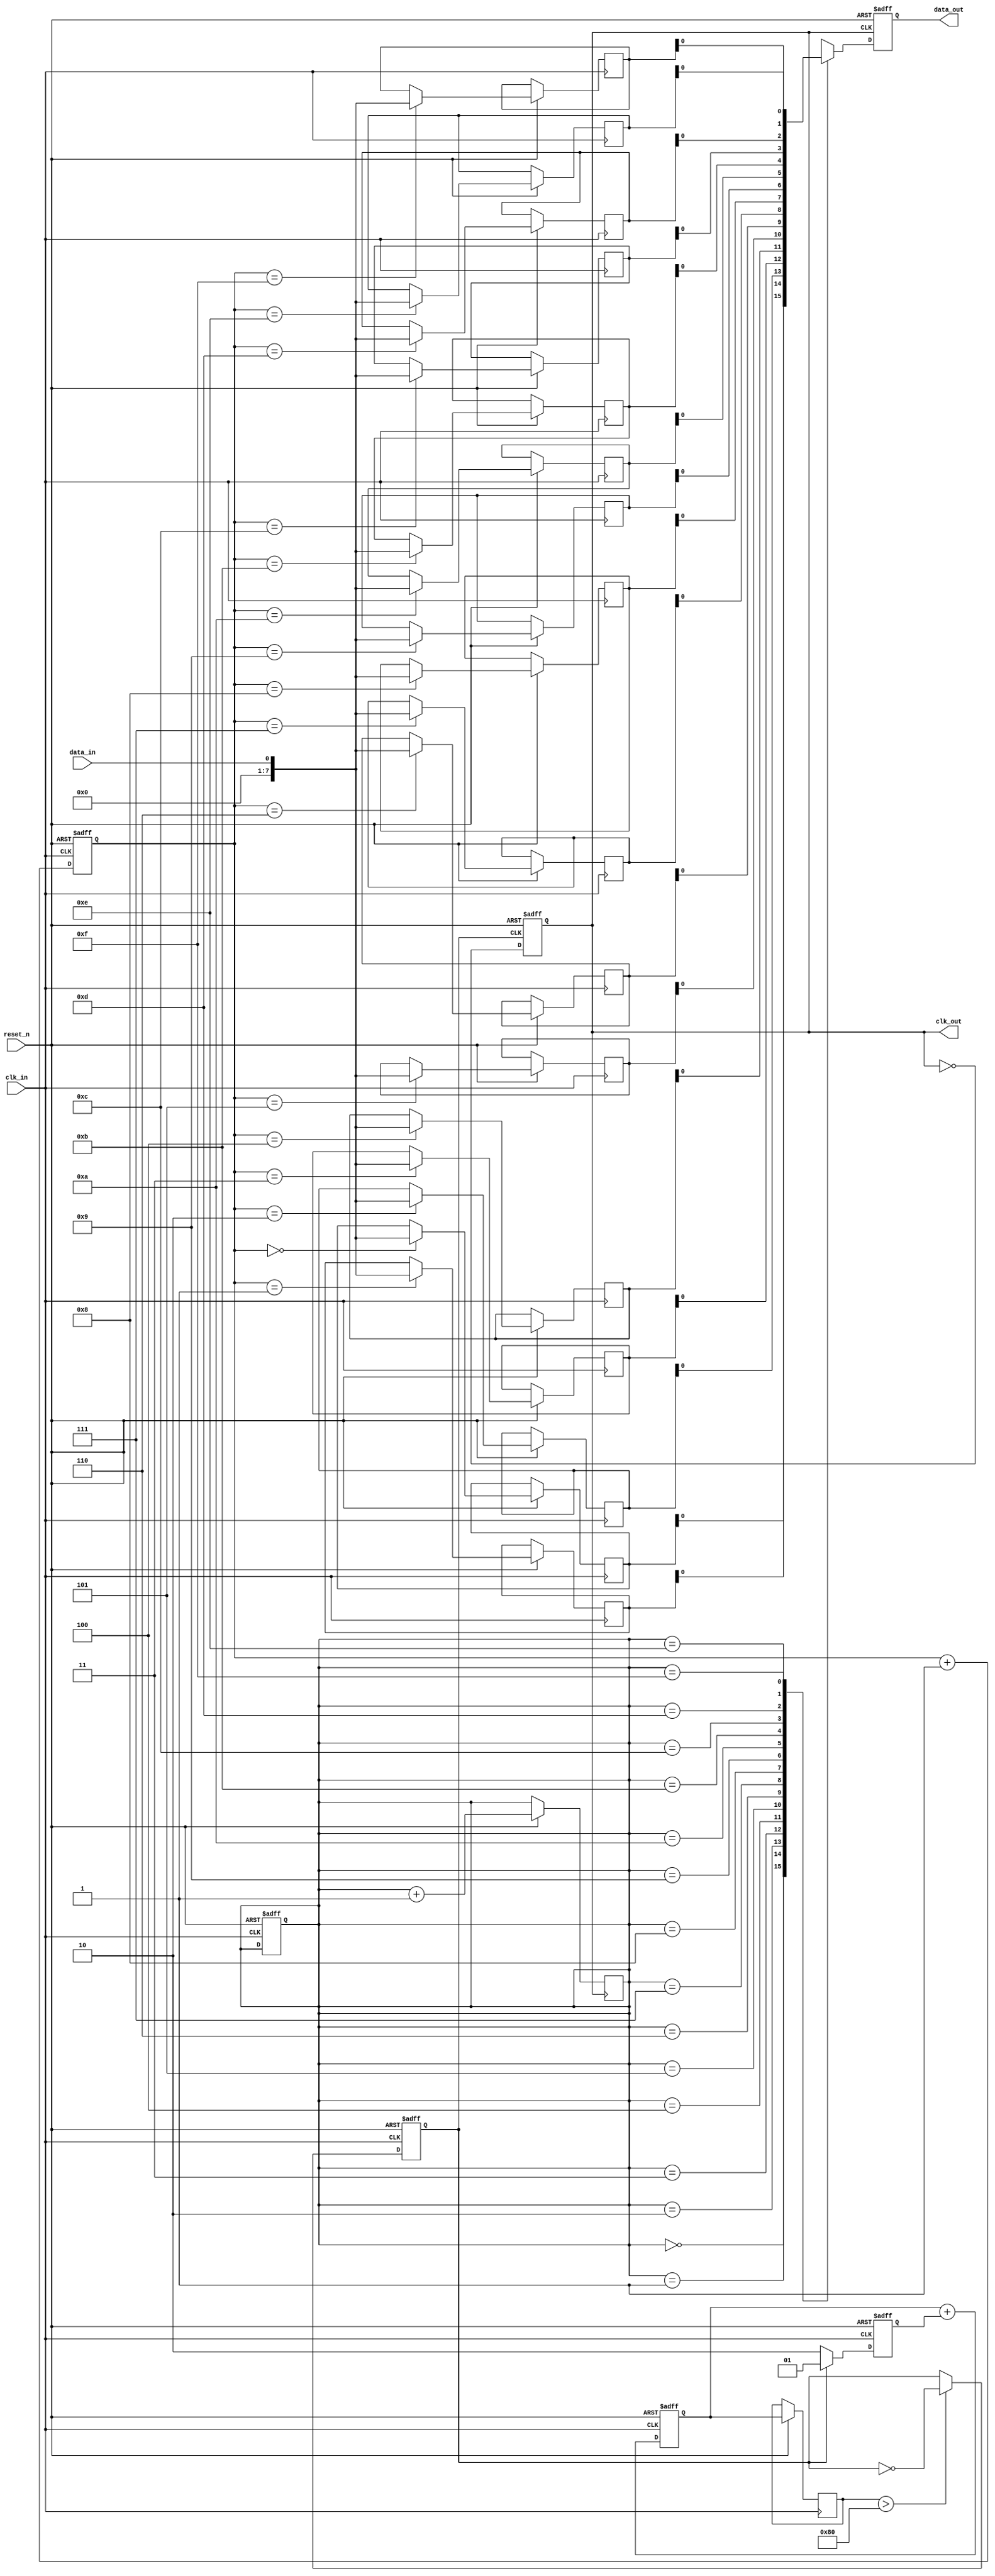
module PLL_Synchronizer (
    input wire clk_in,                // Incoming clock signal
    input wire data_in,               // Incoming data signal
    input wire reset_n,               // Active low reset
    output reg clk_out,               // Output clock signal
    output reg data_out               // Synchronized output data
);

    // Parameters for VCO and Divider
    parameter VCO_FREQ = 100;         // Example VCO frequency in MHz
    parameter DIV_FACTOR = 2;          // Divider factor for output clock

    // Internal signals
    reg [1:0] phase_error;            // Phase error signal from PD
    reg [7:0] control_signal;          // Control signal for VCO
    reg [7:0] loop_filter;             // Loop filter output
    reg vco_clk;                       // VCO clock signal
    reg [7:0] fifo [0:15];             // Simple FIFO buffer
    reg [3:0] write_ptr, read_ptr;     // FIFO pointers
    reg lock_status;                   // PLL lock status

    // Phase Detector (PD)
    always @(posedge clk_in or negedge reset_n) begin
        if (!reset_n) begin
            phase_error <= 2'b00;
        end else begin
            // Simple phase comparison logic (for illustration)
            if (vco_clk) begin
                phase_error <= 2'b01; // Example phase error
            end else begin
                phase_error <= 2'b10; // Example phase error
            end
        end
    end

    // Loop Filter (PI Controller)
    always @(posedge clk_in or negedge reset_n) begin
        if (!reset_n) begin
            loop_filter <= 8'b0;
        end else begin
            // Simple PI control logic
            loop_filter <= loop_filter + phase_error; // Integrate error
            control_signal <= loop_filter; // Control signal for VCO
        end
    end

    // Voltage-Controlled Oscillator (VCO)
    always @(posedge clk_in or negedge reset_n) begin
        if (!reset_n) begin
            vco_clk <= 1'b0;
        end else begin
            // Simple VCO behavior based on control signal
            if (control_signal > 8'h80) begin
                vco_clk <= ~vco_clk; // Toggle VCO clock
            end
        end
    end

    // Clock Divider
    always @(posedge vco_clk or negedge reset_n) begin
        if (!reset_n) begin
            clk_out <= 1'b0;
        end else begin
            clk_out <= ~clk_out; // Simple clock divider
        end
    end

    // Synchronization FIFO
    always @(posedge clk_in or negedge reset_n) begin
        if (!reset_n) begin
            write_ptr <= 4'b0;
            read_ptr <= 4'b0;
        end else begin
            // Write data into FIFO
            fifo[write_ptr] <= data_in;
            write_ptr <= write_ptr + 1;
        end
    end

    // Data Output Synchronization
    always @(posedge clk_out or negedge reset_n) begin
        if (!reset_n) begin
            data_out <= 1'b0;
        end else begin
            // Read data from FIFO
            data_out <= fifo[read_ptr];
            read_ptr <= read_ptr + 1;
        end
    end

    // Lock Status Logic
    always @(posedge clk_in or negedge reset_n) begin
        if (!reset_n) begin
            lock_status <= 1'b0;
        end else begin
            // Simple lock detection logic
            if (phase_error == 2'b00) begin
                lock_status <= 1'b1; // PLL is locked
            end else begin
                lock_status <= 1'b0; // PLL is not locked
            end
        end
    end

endmodule